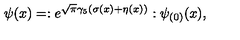
\psi ( x ) = : e ^ { \sqrt \pi \gamma _ { 5 } ( \sigma ( x ) + \eta ( x ) ) } : \psi _ { ( 0 ) } ( x ) ,